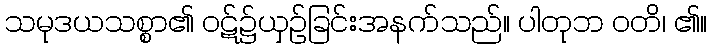
သမုဒယသစ္စာ၏ ဝဋ်၌ယှဉ်ခြင်းအနက်သည်။ ပါတုဘ ဝတိ၊ ၏။